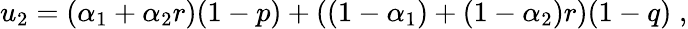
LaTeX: u_{2}=(\alpha_{1}+\alpha_{2}r)(1-p)+\left((1-\alpha_{1})+(1-\alpha_{2})r\right)(1-q)\; ,